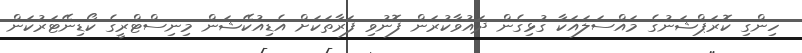
ހިންގި ކޮރަޕްޝަނުގެ މައްސަލައަކާ ގުޅިގެން ދައުވާކުރަން ފޮނުވި ފަރާތަކަށް އެޑިއުކޭޝަން މިނިސްޓްރީގެ ކޯޑިނޭޓަރުކަން